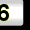
Digit: 6